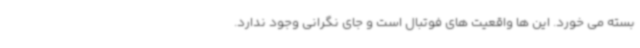
بسته می خورد. این ها واقعیت های فوتبال است و جای نگرانی وجود ندارد.